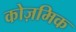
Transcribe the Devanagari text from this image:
कोज़मिक